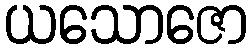
ယသောဇော